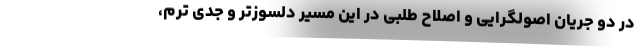
در دو جریان اصولگرایی و اصلاح طلبی در این مسیر دلسوزتر و جدی ترم،